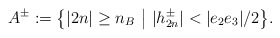
\begin{align*}A^\pm:= \big\{|2n|\geq n_B \,\,\big|\,\, |h_{2n}^\pm|<|e_2e_3|/2\big\}.\end{align*}